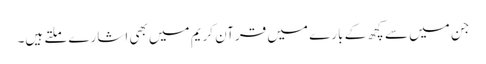
جن میں سے کچھ کے بارے میں قرآن کریم میں بھی اشارے ملتے ہیں۔